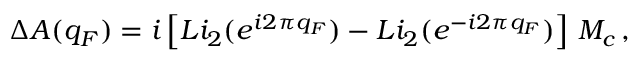
\Delta A ( q _ { F } ) = i \left[ L i _ { 2 } ( e ^ { i 2 \pi q _ { F } } ) - L i _ { 2 } ( e ^ { - i 2 \pi q _ { F } } ) \right] \, M _ { c } \, ,